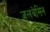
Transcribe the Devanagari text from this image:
जलबेसिन